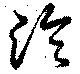
泠